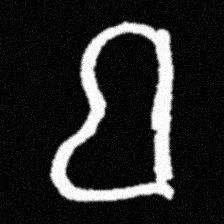
Pyu character \u2014 Myanmar letter: ဗ (romanized: ba)